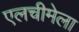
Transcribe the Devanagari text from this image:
एलचीमेला